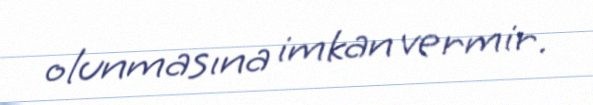
olunmasına imkan vermir.